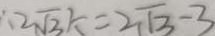
: 2 \sqrt { 3 } k = 2 \sqrt { 3 } - 3